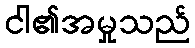
ငါ၏အမှုသည်